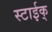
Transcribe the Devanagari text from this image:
स्टाईक्